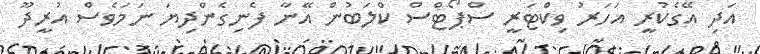
އަދި އޭގެކުރީ އަހަރު ވިކްޓަރީ ސްޕޯޓްސް ކްލަބުން އޭނާ ފެނިގެންދިޔަ ނަމަވެސް އުރީދޫ